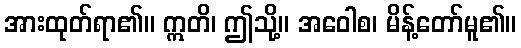
အားထုတ်ရာ၏။ ဣတိ၊ ဤသို့။ အဝေါစ၊ မိန့်တော်မူ၏။